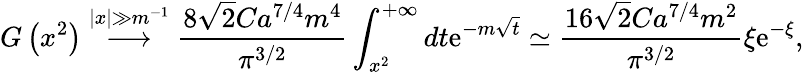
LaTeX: G\left(x^{2}\right)\stackrel{|x|\gg m^{-1}}{\longrightarrow}\frac{8\sqrt{2}Ca^{7/4}m^{4}}{\pi^{3/2}}\int_{x^{2}}^{+\infty}dt\mathrm{e}^{-m\sqrt{t}}\simeq\frac{16\sqrt{2}Ca^{7/4}m^{2}}{\pi^{3/2}}\xi\mathrm{e}^{-\xi},